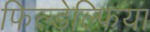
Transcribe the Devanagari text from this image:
फिल्डेल्फिया